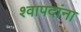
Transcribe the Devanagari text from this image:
श्वापदांना